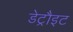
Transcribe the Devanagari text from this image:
डेट्रौइट